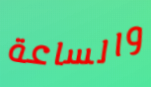
والساعة